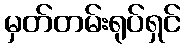
မှတ်တမ်းရုပ်ရှင်